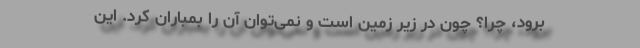
برود، چرا؟ چون در زیر زمین است و نمی‌توان آن را بمباران کرد. این